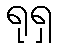
ရုရှ